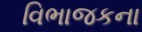
વિભાજકના